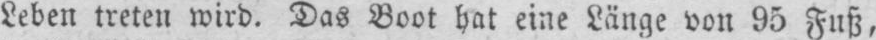
Leben treten wird. Das Boot hat eine Länge von 95 Fuß,